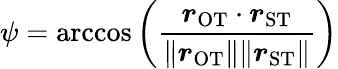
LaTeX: \psi=\operatorname{arccos}{\left(\frac{\boldsymbol{r}_{\mathrm{OT}}\cdot\boldsymbol{r}_{\mathrm{ST}}}{\| \boldsymbol{r}_{\mathrm{OT}}\| \| \boldsymbol{r}_{\mathrm{ST}}\| }\right)}